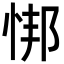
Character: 𫺎